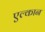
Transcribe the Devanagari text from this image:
एल्कान